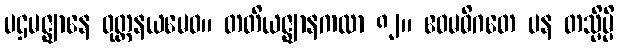
ပဌမဇ္ဈာနေ ဝုတ္တနယမေဝ။ တတိယဇ္ဈာနကထာ ၈၂။ ဧဝမဓိဂတေ ပန တသ္မိမ္ပိ